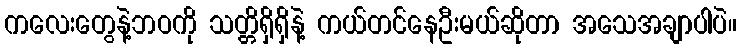
ကလေးတွေနဲ့ဘဝကို သတ္တိရှိရှိနဲ့ ကယ်တင်နေဦးမယ်ဆိုတာ အသေအချာပါပဲ။